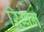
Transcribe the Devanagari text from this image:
रिब्बन